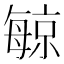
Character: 𪵔